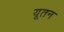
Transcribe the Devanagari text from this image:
यूतन